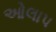
ઓલાપ